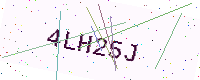
Text: 4LH25J